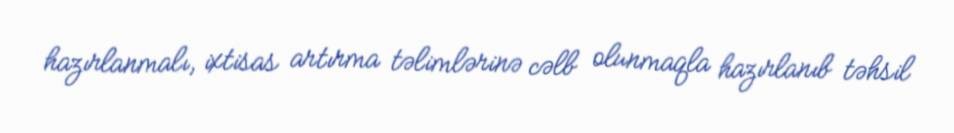
hazırlanmalı, ixtisas artırma təlimlərinə cəlb olunmaqla hazırlanıb təhsil